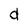
Character: d